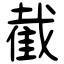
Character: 截